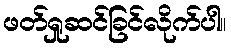
ဖတ်ရှုဆင်ခြင်လိုက်ပါ။